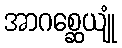
အာဂစ္ဆေယျုံ